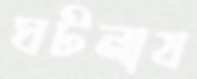
ঘটনায